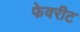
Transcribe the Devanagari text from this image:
फेवरीट